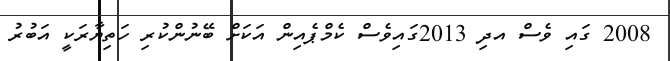
2008 ގައި ވެސް އދި 2013ގައިވެސް ކެމްޕެއިން އަކަށް ބޭނުންކުރި ހަތިޔާރަކީ އަބުރު